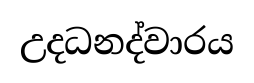
උදධනද්වාරය